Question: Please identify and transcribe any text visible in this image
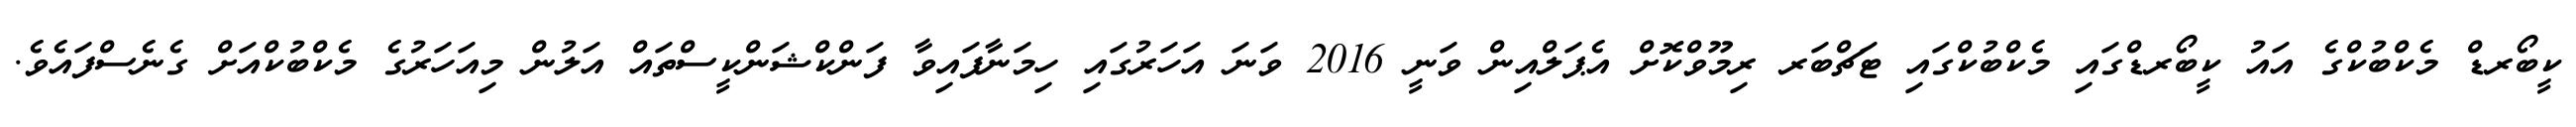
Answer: ކީބޯރޑް މެކްބުކްގެ އައު ކީބޯރޑްގައި މެކްބުކްގައި ޓަޗްބަރ ރިމޫވްކޮށް އެޕަލްއިން ވަނީ 2016 ވަނަ އަހަރުގައި ހިމަނާފައިވާ ފަންކްޝަންކީސްތައް އަލުން މިއަހަރުގެ މެކްބުކްއަށް ގެނެސްފައެވެ.